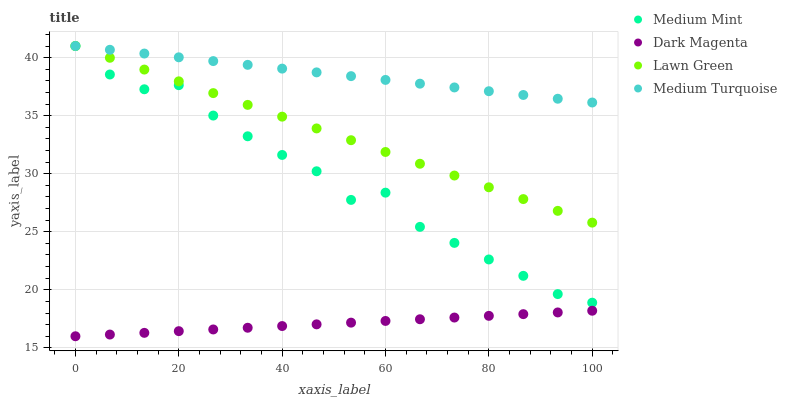
| xaxis_label | Medium Mint | Dark Magenta | Lawn Green | Medium Turquoise |
 | --- | --- | --- | --- | --- |
 | 0 | 41 | 16 | 41 | 41 |
 | 6.67 | 38.5 | 16.1 | 40 | 40.7 |
 | 13.3 | 37.3 | 16.3 | 39 | 40.4 |
 | 20 | 37.6 | 16.4 | 38 | 40 |
 | 26.7 | 35 | 16.6 | 36.9 | 39.7 |
 | 33.3 | 33.2 | 16.7 | 35.9 | 39.4 |
 | 40 | 31.6 | 16.9 | 34.9 | 39.1 |
 | 46.7 | 30.2 | 17 | 33.9 | 38.7 |
 | 53.3 | 27.7 | 17.2 | 32.9 | 38.4 |
 | 60 | 28.4 | 17.3 | 31.9 | 38.1 |
 | 66.7 | 25.4 | 17.5 | 30.9 | 37.8 |
 | 73.3 | 24 | 17.6 | 29.8 | 37.4 |
 | 80 | 22.6 | 17.8 | 28.8 | 37.1 |
 | 86.7 | 21.2 | 17.9 | 27.8 | 36.8 |
 | 93.3 | 19.6 | 18.1 | 26.8 | 36.5 |
 | 100 | 18.9 | 18.2 | 25.8 | 36.1 |